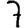
Digit: 7